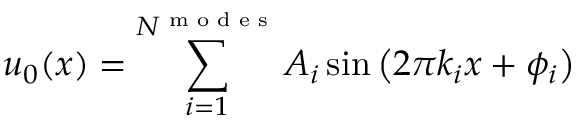
u _ { 0 } ( x ) = \sum _ { i = 1 } ^ { N ^ { \textnormal { m o d e s } } } A _ { i } \sin { \big ( 2 \pi k _ { i } x + \phi _ { i } \big ) }